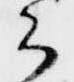
云